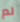
لم